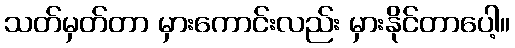
သတ်မှတ်တာ မှားကောင်းလည်း မှားနိုင်တာပေါ့။